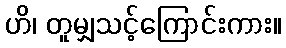
ဟိ၊ တူမျှသင့်ကြောင်းကား။